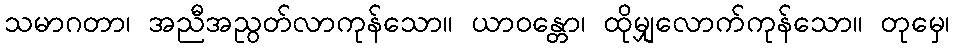
သမာဂတာ၊ အညီအညွတ်လာကုန်သော။ ယာဝန္တော၊ ထိုမျှလောက်ကုန်သော။ တုမှေ၊